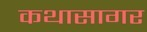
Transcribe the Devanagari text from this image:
कथासागर